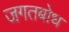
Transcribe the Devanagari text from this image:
जगतबोध